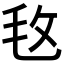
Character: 𣬲